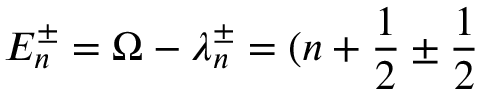
E _ { n } ^ { \pm } = \Omega - \lambda _ { n } ^ { \pm } = ( n + \frac { 1 } { 2 } \pm \frac { 1 } { 2 }